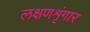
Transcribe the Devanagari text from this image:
लक्षणशृंगार